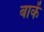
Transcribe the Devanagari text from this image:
बाकें